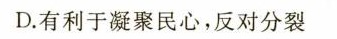
D.有利于凝聚民心，反对分裂